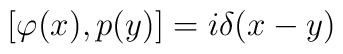
[\varphi (x), p(y)]=i \delta (x-y)